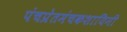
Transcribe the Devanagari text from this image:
पंचप्रेतमंचकशायिनी